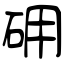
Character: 砽